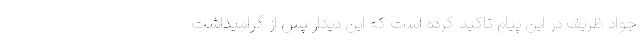
جواد ظریف در این پیام تاکید کرده است که این دیدار پس از گرامیداشت